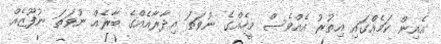
އެއިން ކަމެއްގައި އިތުރު އެއްވެސް މީހެއްގެ ނުވަތަ އިދާރާއެއްގެ ބާރެއް ނުވަތަ ނުފޫޒެއް